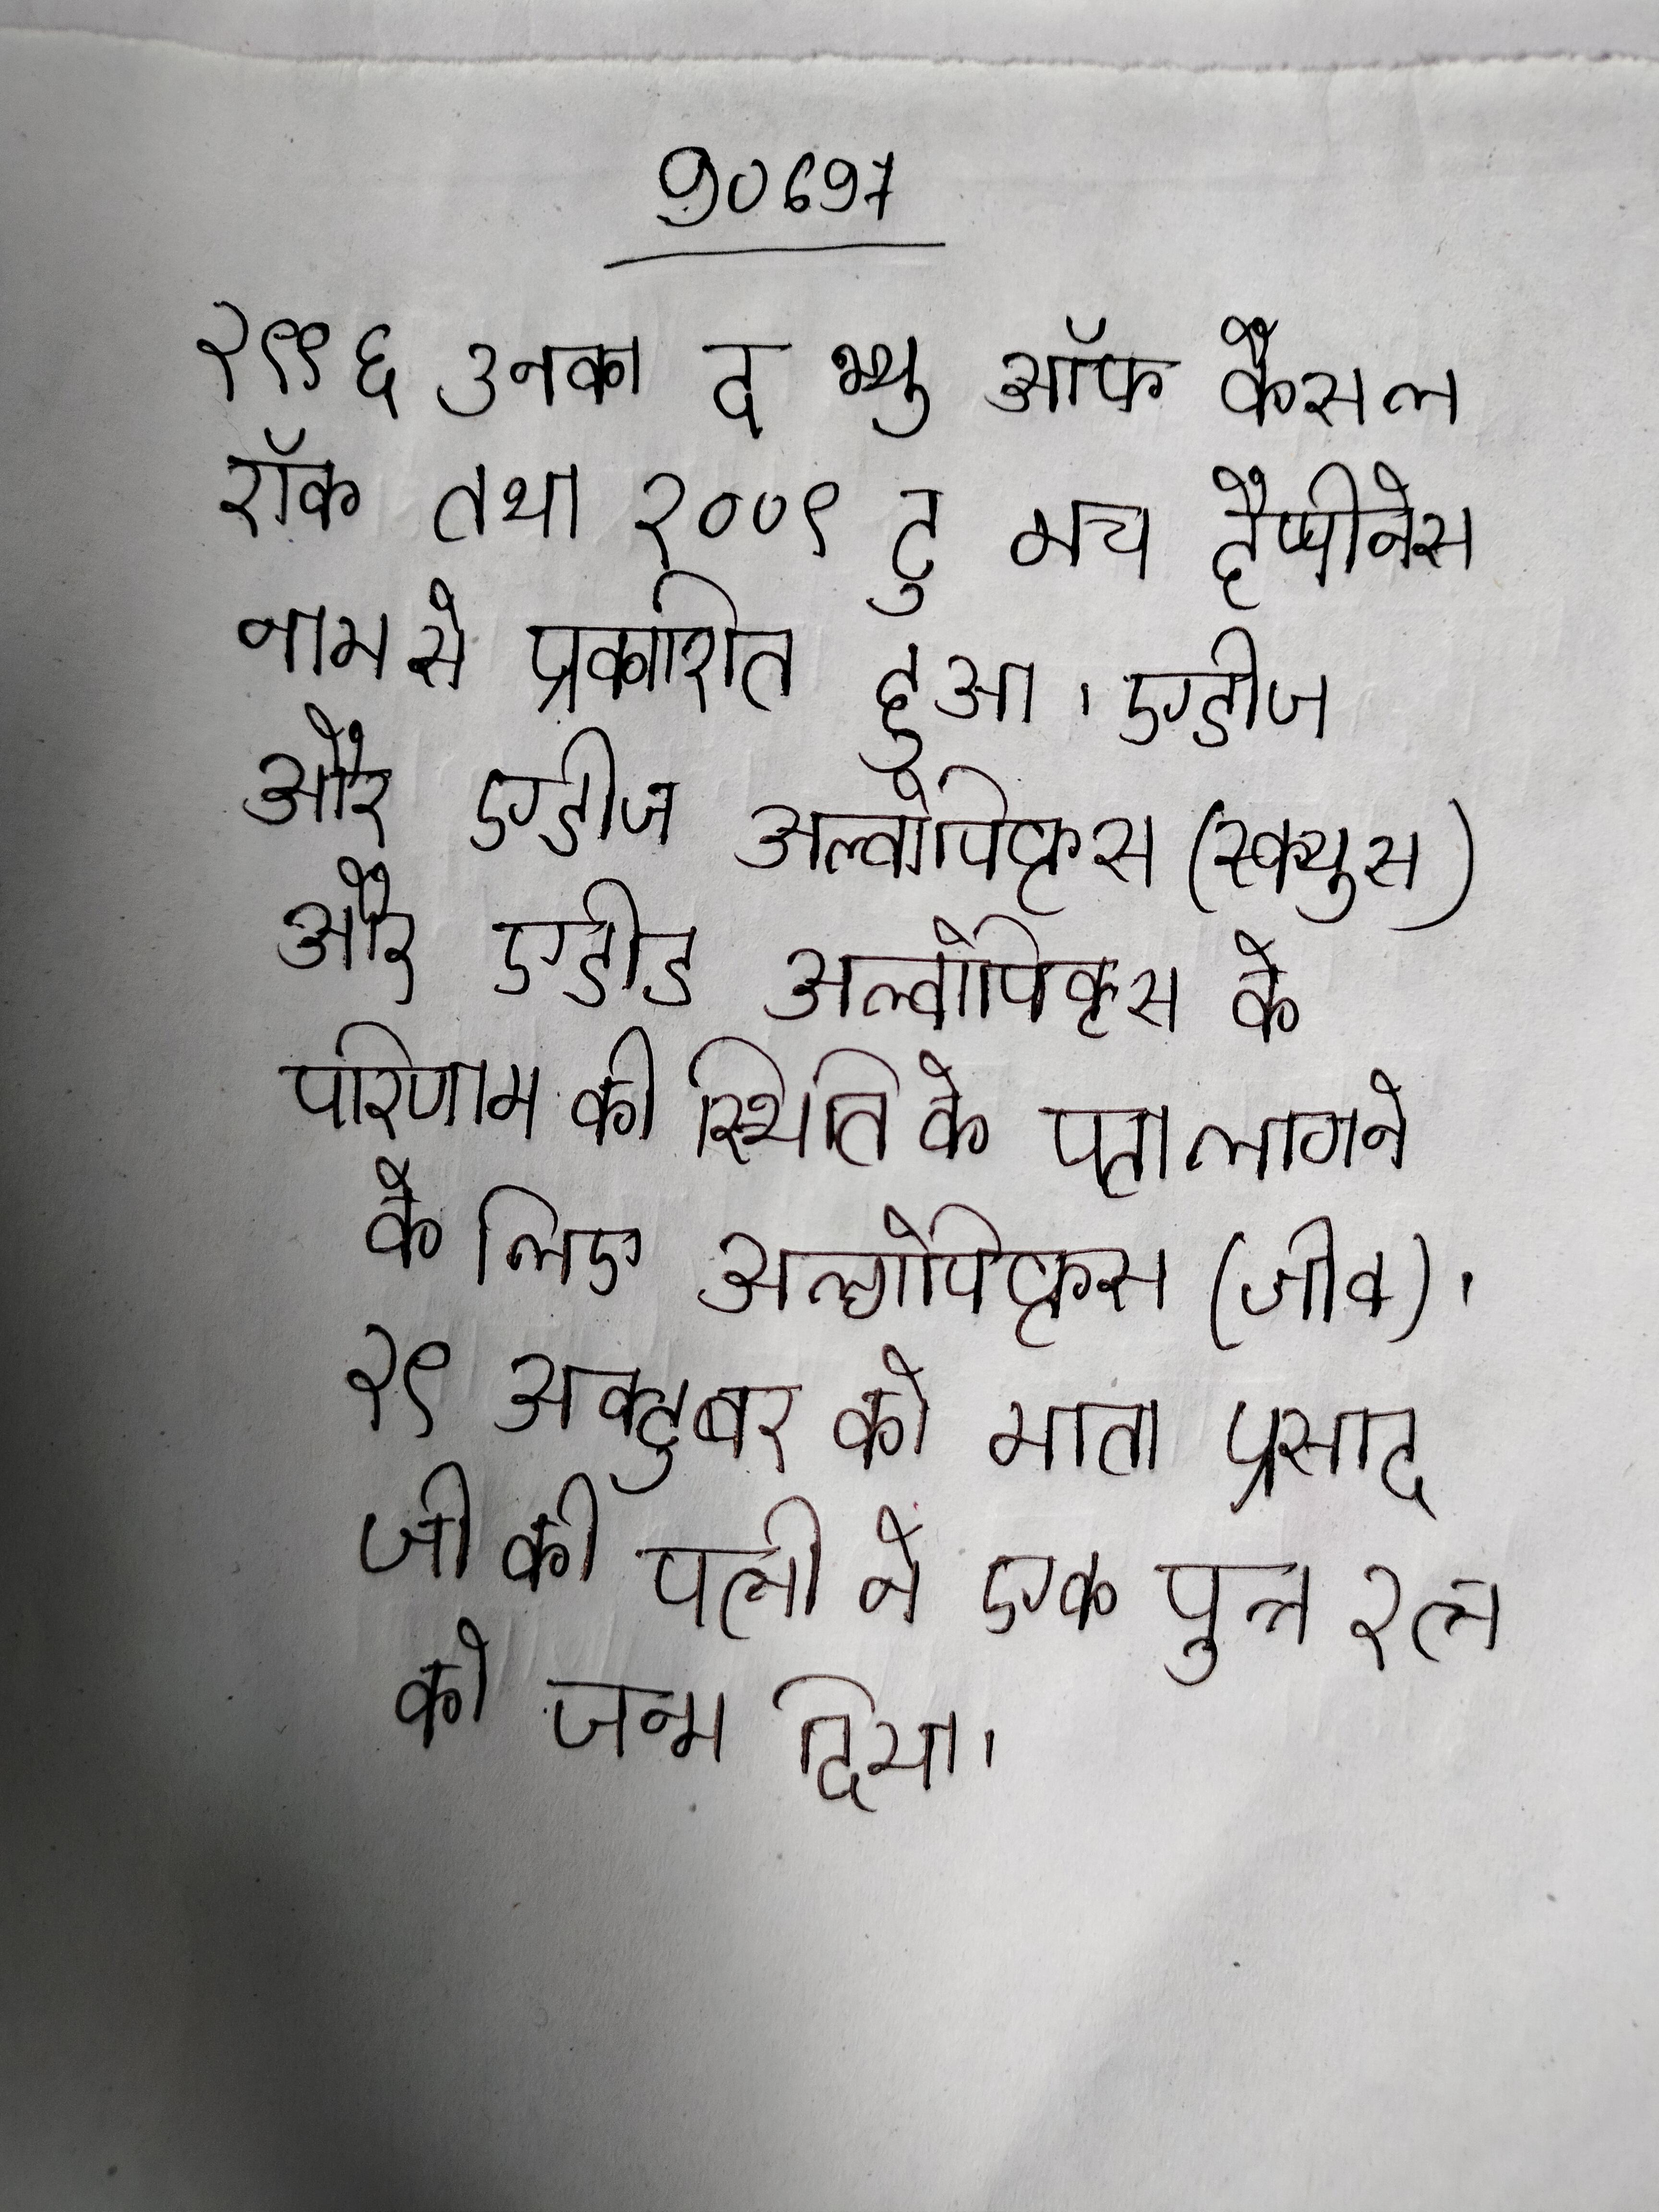
२९९६ उनका द भ्यु ऑफ कैसल रॉक तथा २००९ टू मच हैप्पीनेस नाम से प्रकाशित हुआ । एडीज और एडीज अल्बोपिक्टस (स्क्यूस) और एडीड अल्बोपिक्टस के परिणाम की स्थिति का पता लगाने के लिए अल्गोपिक्टस (जीव) । २९ अक्टूबर को माता प्रसाद जी की पत्नी ने एक पुत्र रत्न को जन्म दिया ।